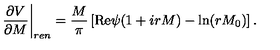
\left. \frac { \partial V } { \partial M } \right| _ { r e n } = \frac { M } { \pi } \left[ \mathrm { R e } \psi ( 1 + i r M ) - \ln ( r M _ { 0 } ) \right] . \label 9